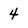
Character: 4